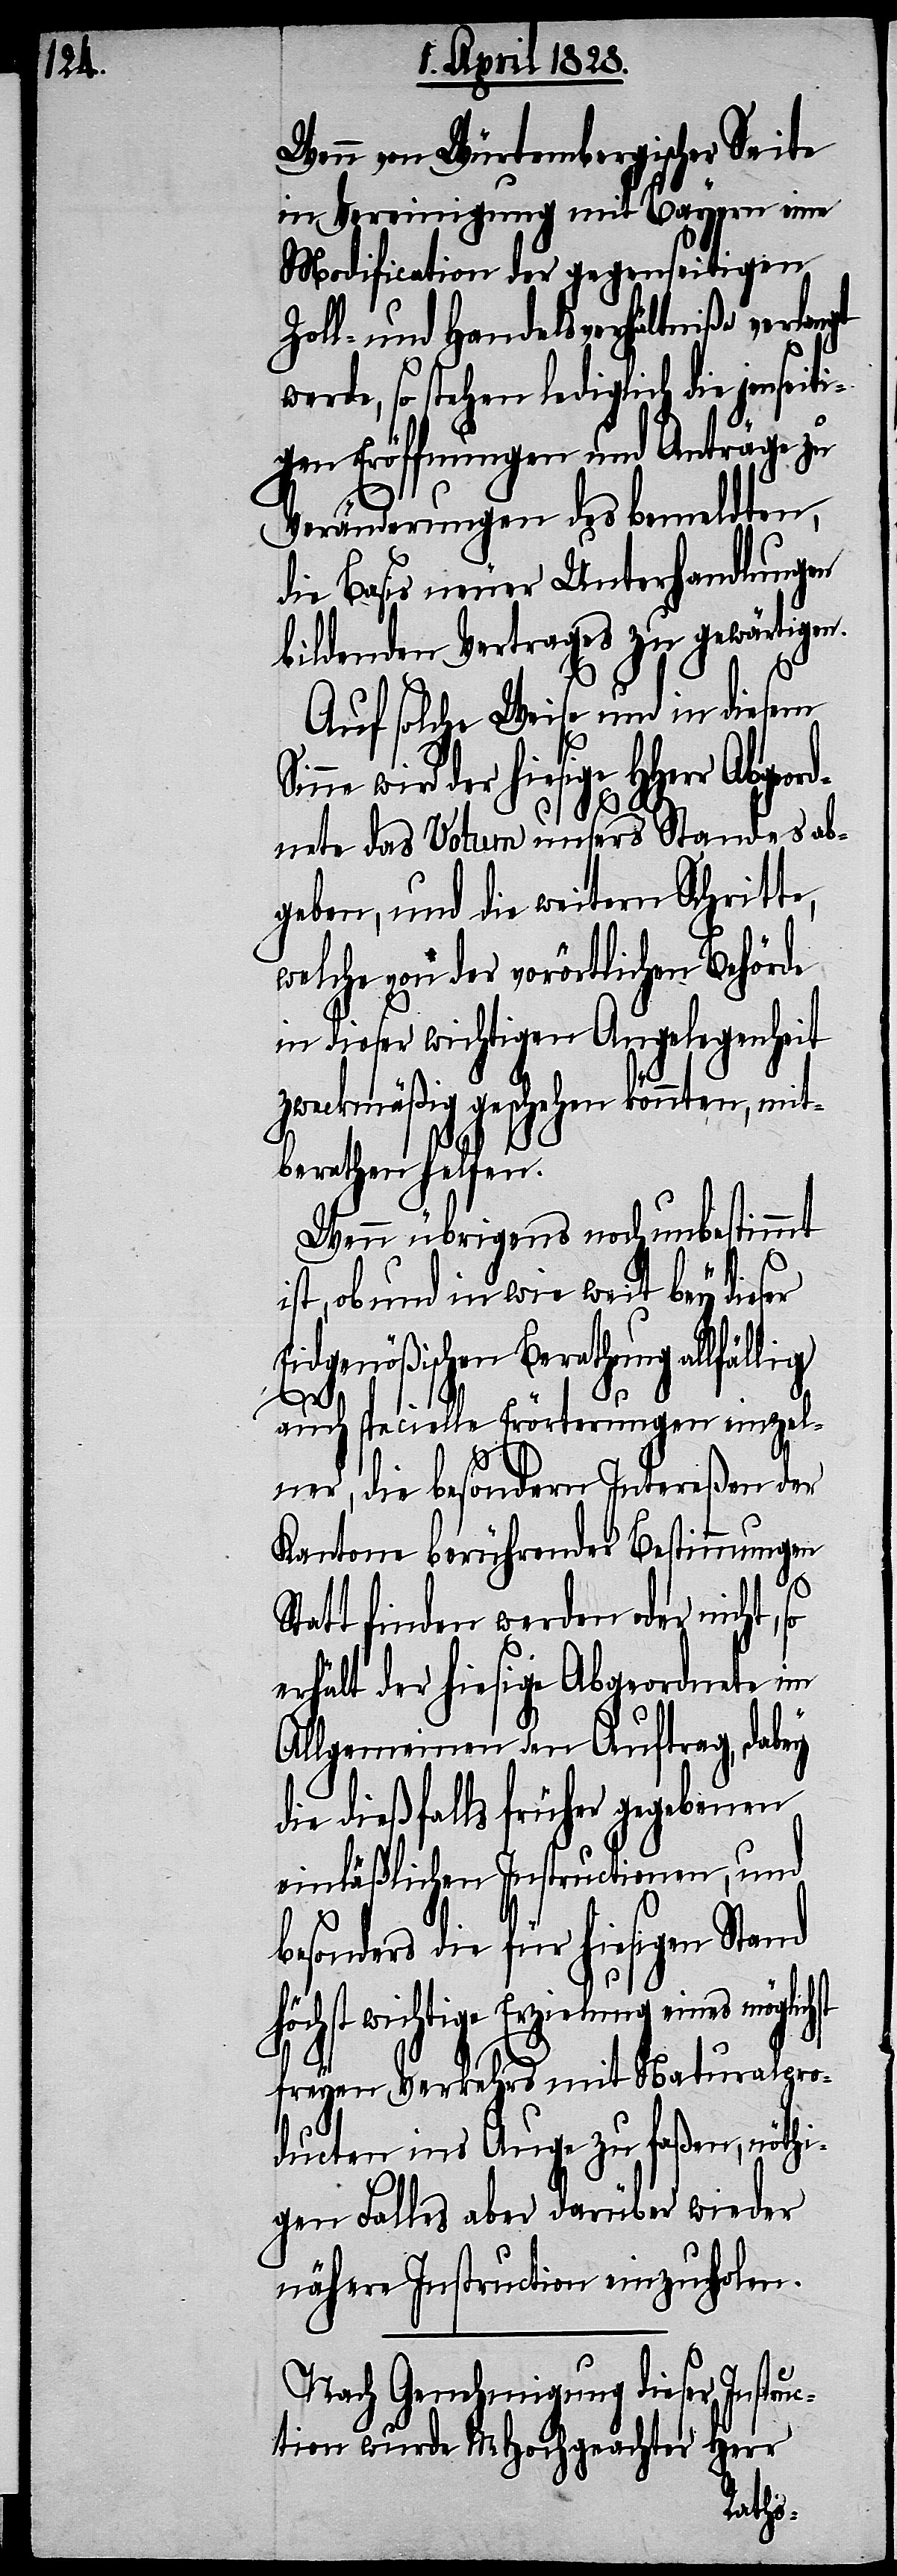
Wenn von Würtembergischer Seite
in Vereinigung mit Bayern eine
Modification der gegenseitigen
Zoll- und Handelsverhältniße verlangt
werde, so stehen lediglich die jenseit¬
igen Eröffnungen und Anträge zu
Veränderungen des bemeldten,
die Basis neuer Unterhandlungen
bildenden Vertrages zu gewärtigen.
st
Auf solche Weise und in diesem
Sinne wird der hiesige HHerr
dnete das Votum unsers Standes ab¬
geben, und die weitern Schritte,
welche von der vorörtlichen Behörde
in dieser wichtigen Angelegenheit
zweckmäßig geschehen könnten, mit¬
berathen helfen.
Wenn übrigens noch unbestimmt
ist, ob und in wie weit bey dieser
Eidgenößischen Berathung allfäl¬
lig
auch specielle Erörterungen einzel¬
ner, die besondern Intereßen der
Kantone berührender Bestimmungen
Statt finden werden oder nicht,
erhält der hiesige Abgeordnete im
Allgemeinen den Auftrag, dabey
die dießfalls früher gegebenen
einläßlichen Instructionen, und
besonders die für hiesigen Stand
höchst wichtige Erzielung eines möglich¬
freyen Verkehrs mit Naturalpro¬
ducten ins Auge zu faßen, nöthi¬
gen Falles aber darüber wieder
nähere Instruction einzuholen.
Nach Genehmigung dieser Instruc¬
tion wurde MHochgeachter Herr